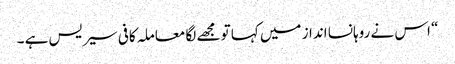
“ اس نے روہانسا انداز میں کہا تو مجھے لگا معاملہ کافی سیریس ہے ۔